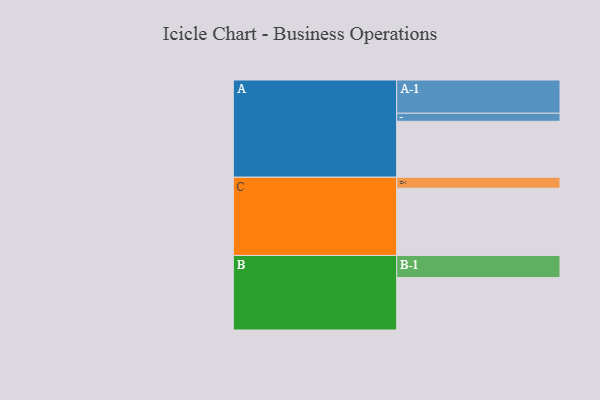
{"axis": {"x": "Segment", "y": "Value"}, "legend": ["", "A", "B", "C"], "data": [{"x": "A", "y": 382, "type": ""}, {"x": "B", "y": 358, "type": ""}, {"x": "C", "y": 459, "type": ""}, {"x": "A-1", "y": 227, "type": "A"}, {"x": "A-2", "y": 55, "type": "A"}, {"x": "B-1", "y": 151, "type": "B"}, {"x": "C-1", "y": 75, "type": "C"}]}